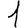
Digit: 1